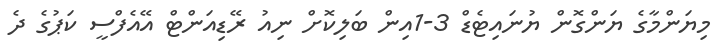
މިޔަންމާގެ ޔަންގޮން ޔުނައިޓެޑް 3-1އިން ބަލިކޮށް ނިއު ރޭޑިއަންޓް އޭއެފްސީ ކަޕުގެ ދެ